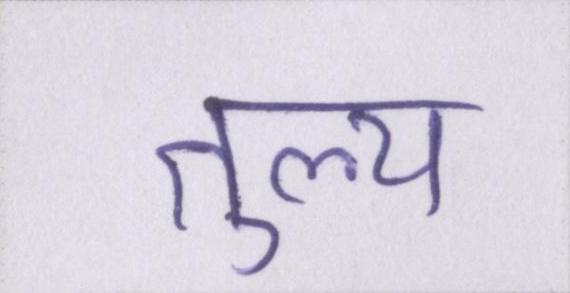
तुल्य